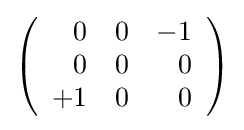
\left({\begin{array}{rrr}0&0&-1\\0&0&0\\+1&0&0\end{array}}\right)